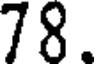
78.